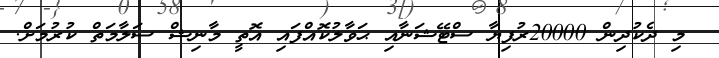
މި ދެކުދިން 20000ރުފިޔާ ސްޓޭޝަނާއި ޙަވާލުކޮއްފައި އޮތީ މާނިޝް ސަލާމަތް ކުރުމަށް.